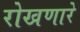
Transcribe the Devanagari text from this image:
रोखणारे